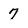
Character: 7